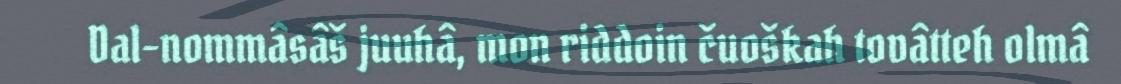
Dal-nommâsâš juuhâ, mon riddoin čuoškah tovâtteh olmâ